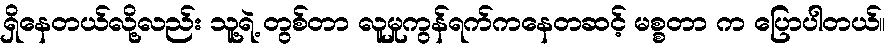
ရှိနေတယ်လို့လည်း သူ့ရဲ့ တွစ်တာ လူမှုကွန်ရက်ကနေတဆင့် မစ္စတာ က ပြောပါတယ်။